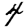
Digit: 4